Report on sanitation, dispensaries, and jails in Rajputana for 1912, and on vaccination for the year 1912-1913 - 1912-1913
Year: 1912
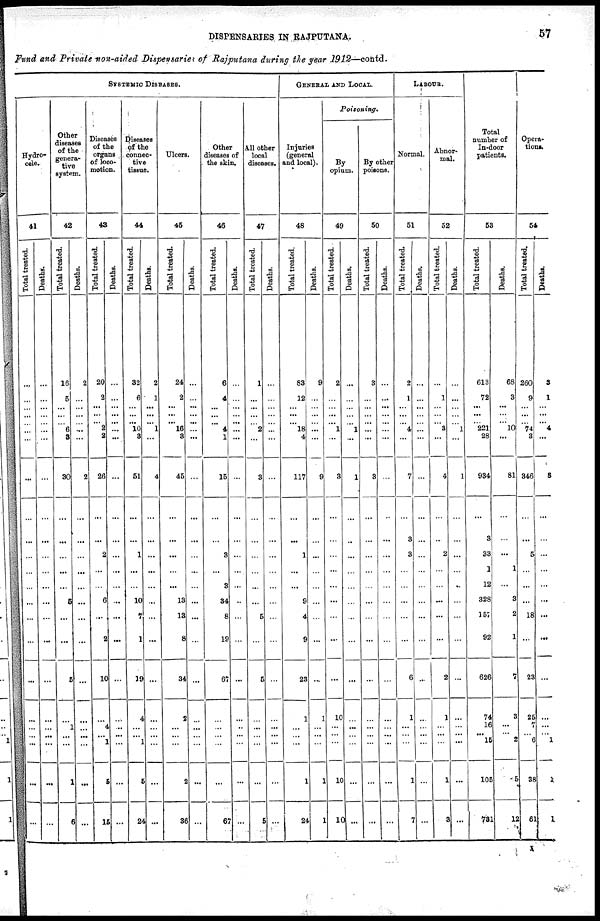
DISPENSARIES IN RAJPUTANA.
57
Fund and Private non-aided Dispensaries of Rajputana during the year 1912—contd.
SYSTEMIC DISEASES.
Hydro-
cale.
41
Total treated.
...
...
...
...
...
...
...
...
...
...
...
...
...
...
...
...
...
...
...
...
...
...
...
Deaths.
...
...
...
...
...
...
...
...
...
...
...
...
...
...
...
...
...
...
...
...
...
...
...
Other
diseases
of the
genera¬
tive
system.
42
Total treated.
16
5
...
...
... 6
3
30
...
...
...
...
...
5
...
...
5
...
1
...
...
1
6
Deaths.
2
...
...
...
... ...
...
2
...
...
...
...
...
...
...
...
...
...
...
...
...
...
...
Diseases
of the
organs
of loco-
motion.
43
Total treated.
20
2
...
...
... 2
2
26
...
...
2
...
...
6
...
2
10
...
4
...
1
5
15
Deaths.
...
...
...
...
...
...
...
...
...
...
...
...
...
..
...
...
...
...
...
...
...
...
...
Diseases
of the
connec-
tive
tissue.
44
Total treated.
32
6
...
... ...
10
3
51
...
...
1
...
...
10
7
1
19
4
...
... 1
5
24
Deaths.
2
1
...
...
...
1
...
4
...
...
...
...
...
...
...
...
...
...
...
...
...
...
...
Ulcers.
45
Total treated.
24
2
...
...
...
16
3
45
...
...
...
...
...
13
13
8
34
3
...
...
...
2
36
Deaths.
...
...
...
... ...
...
...
...
...
...
...
...
...
...
...
...
...
...
...
...
...
...
...
Other
diseases of
the skin.
46
Total treated.
6
4
...
... ... 4
1
15
...
...
3
...
3
34
8
19
67
...
...
...
...
...
67
Deaths.
...
...
...
... ...
...
...
...
...
...
...
...
...
...
...
...
...
...
..
...
...
...
...
All other
local
diseases.
47
Total treated.
1
...
...
...
... 2
...
3
...
...
...
...
...
...
5
...
5
...
...
...
...
...
5
Deaths.
...
...
...
...
...
...
...
...
...
...
...
...
...
...
...
...
...
...
...
...
...
...
...
GENERAL AND LOCAL.
Injuries
(general
and local).
48
Total treated.
83
12
...
...
... 18
4
117
...
...
1
...
...
9
4
9
23
1
...
...
...
1
24
Deaths.
9
...
...
...
... ...
...
9
...
...
...
...
...
...
...
...
...
1
...
...
...
1
1
Poisoning.
By
opium.
49
Total treated.
2
...
...
...
... 1
...
3
...
...
...
...
...
...
...
...
...
10
...
...
...
10
10
Deaths.
...
...
...
...
... 1
...
1
...
..
...
...
...
...
...
...
...
...
...
...
...
...
...
By other
poisons.
50
Total treated.
3
...
...
...
...
...
...
3
...
...
...
...
...
...
...
...
...
...
...
...
...
...
...
Deaths.
...
...
...
...
...
...
...
...
...
...
...
...
...
...
...
...
...
...
...
...
...
...
...
LABOUR.
Normal.
51
Total treated.
2
1
...
...
... 4
...
7
...
3
3
...
...
...
...
...
6
1
...
...
...
1
7
Deaths.
...
...
...
...
...
...
...
...
...
...
...
...
...
...
...
...
...
...
...
...
...
...
...
Abnor-
mal.
52
Total treated.
...
1
...
...
... 3
...
4
...
...
2
...
...
...
...
...
2
1
...
...
...
1
3
Deaths.
...
...
...
...
... 1
...
1
...
...
...
...
...
...
...
...
...
...
...
...
...
...
...
Total
number of
In-door
patients.
53
Total treated.
613
72
...
...
... 221
28
934
...
3
33
1
12
328
157
92
626
74
16
...
15
105
731
Deaths.
68
3
...
...
... 10
...
81
...
...
...
1
...
3
2
1
7
3
...
...
2
5
12
Opera-
tionas.
54
Total treated.
260
9
...
...
... 74
3
346
...
...
5
...
...
...
18
...
23
25
7
... 6
38
61
Deaths.
3
1
...
...
... 4
...
3
...
...
...
...
...
...
...
...
...
...
...
... 1
1
1
1